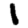
Digit: 1